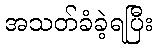
အသတ်ခံခဲ့ရပြီး